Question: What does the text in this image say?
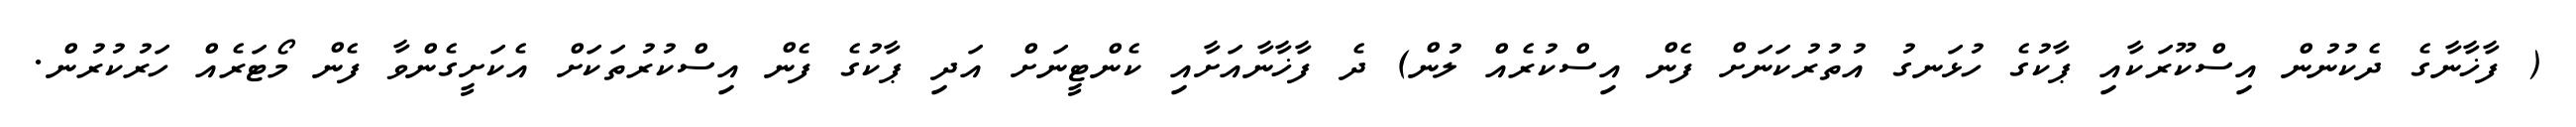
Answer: ( ފާޚާނާގެ ދެކުނުން އިސްކޫރަކާއި ޕާކުގެ ހުޅަނގު އުތުރުކަނަށް ފެން އިސްކުރެއް ލުން) ދެ ފާޚާނާއަށާއި ކެންޓީނަށް އަދި ޕާކުގެ ފެން އިސްކުރުތަކަށް އެކަށީގެންވާ ފެން މޯޓަރެއް ހަރުކުރުން.